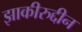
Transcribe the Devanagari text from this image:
झाकीरुद्दीन